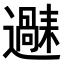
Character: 𬩧